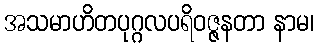
အသမာဟိတပုဂ္ဂလပရိဝဇ္ဇနတာ နာမ၊